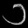
Digit: ၁